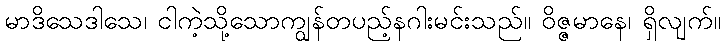
မာဒိသေဒါသေ၊ ငါကဲ့သို့သောကျွန်တပည့်နဂါးမင်းသည်။ ဝိဇ္ဇမာနေ၊ ရှိလျက်။